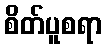
စိတ်ပူစရာ